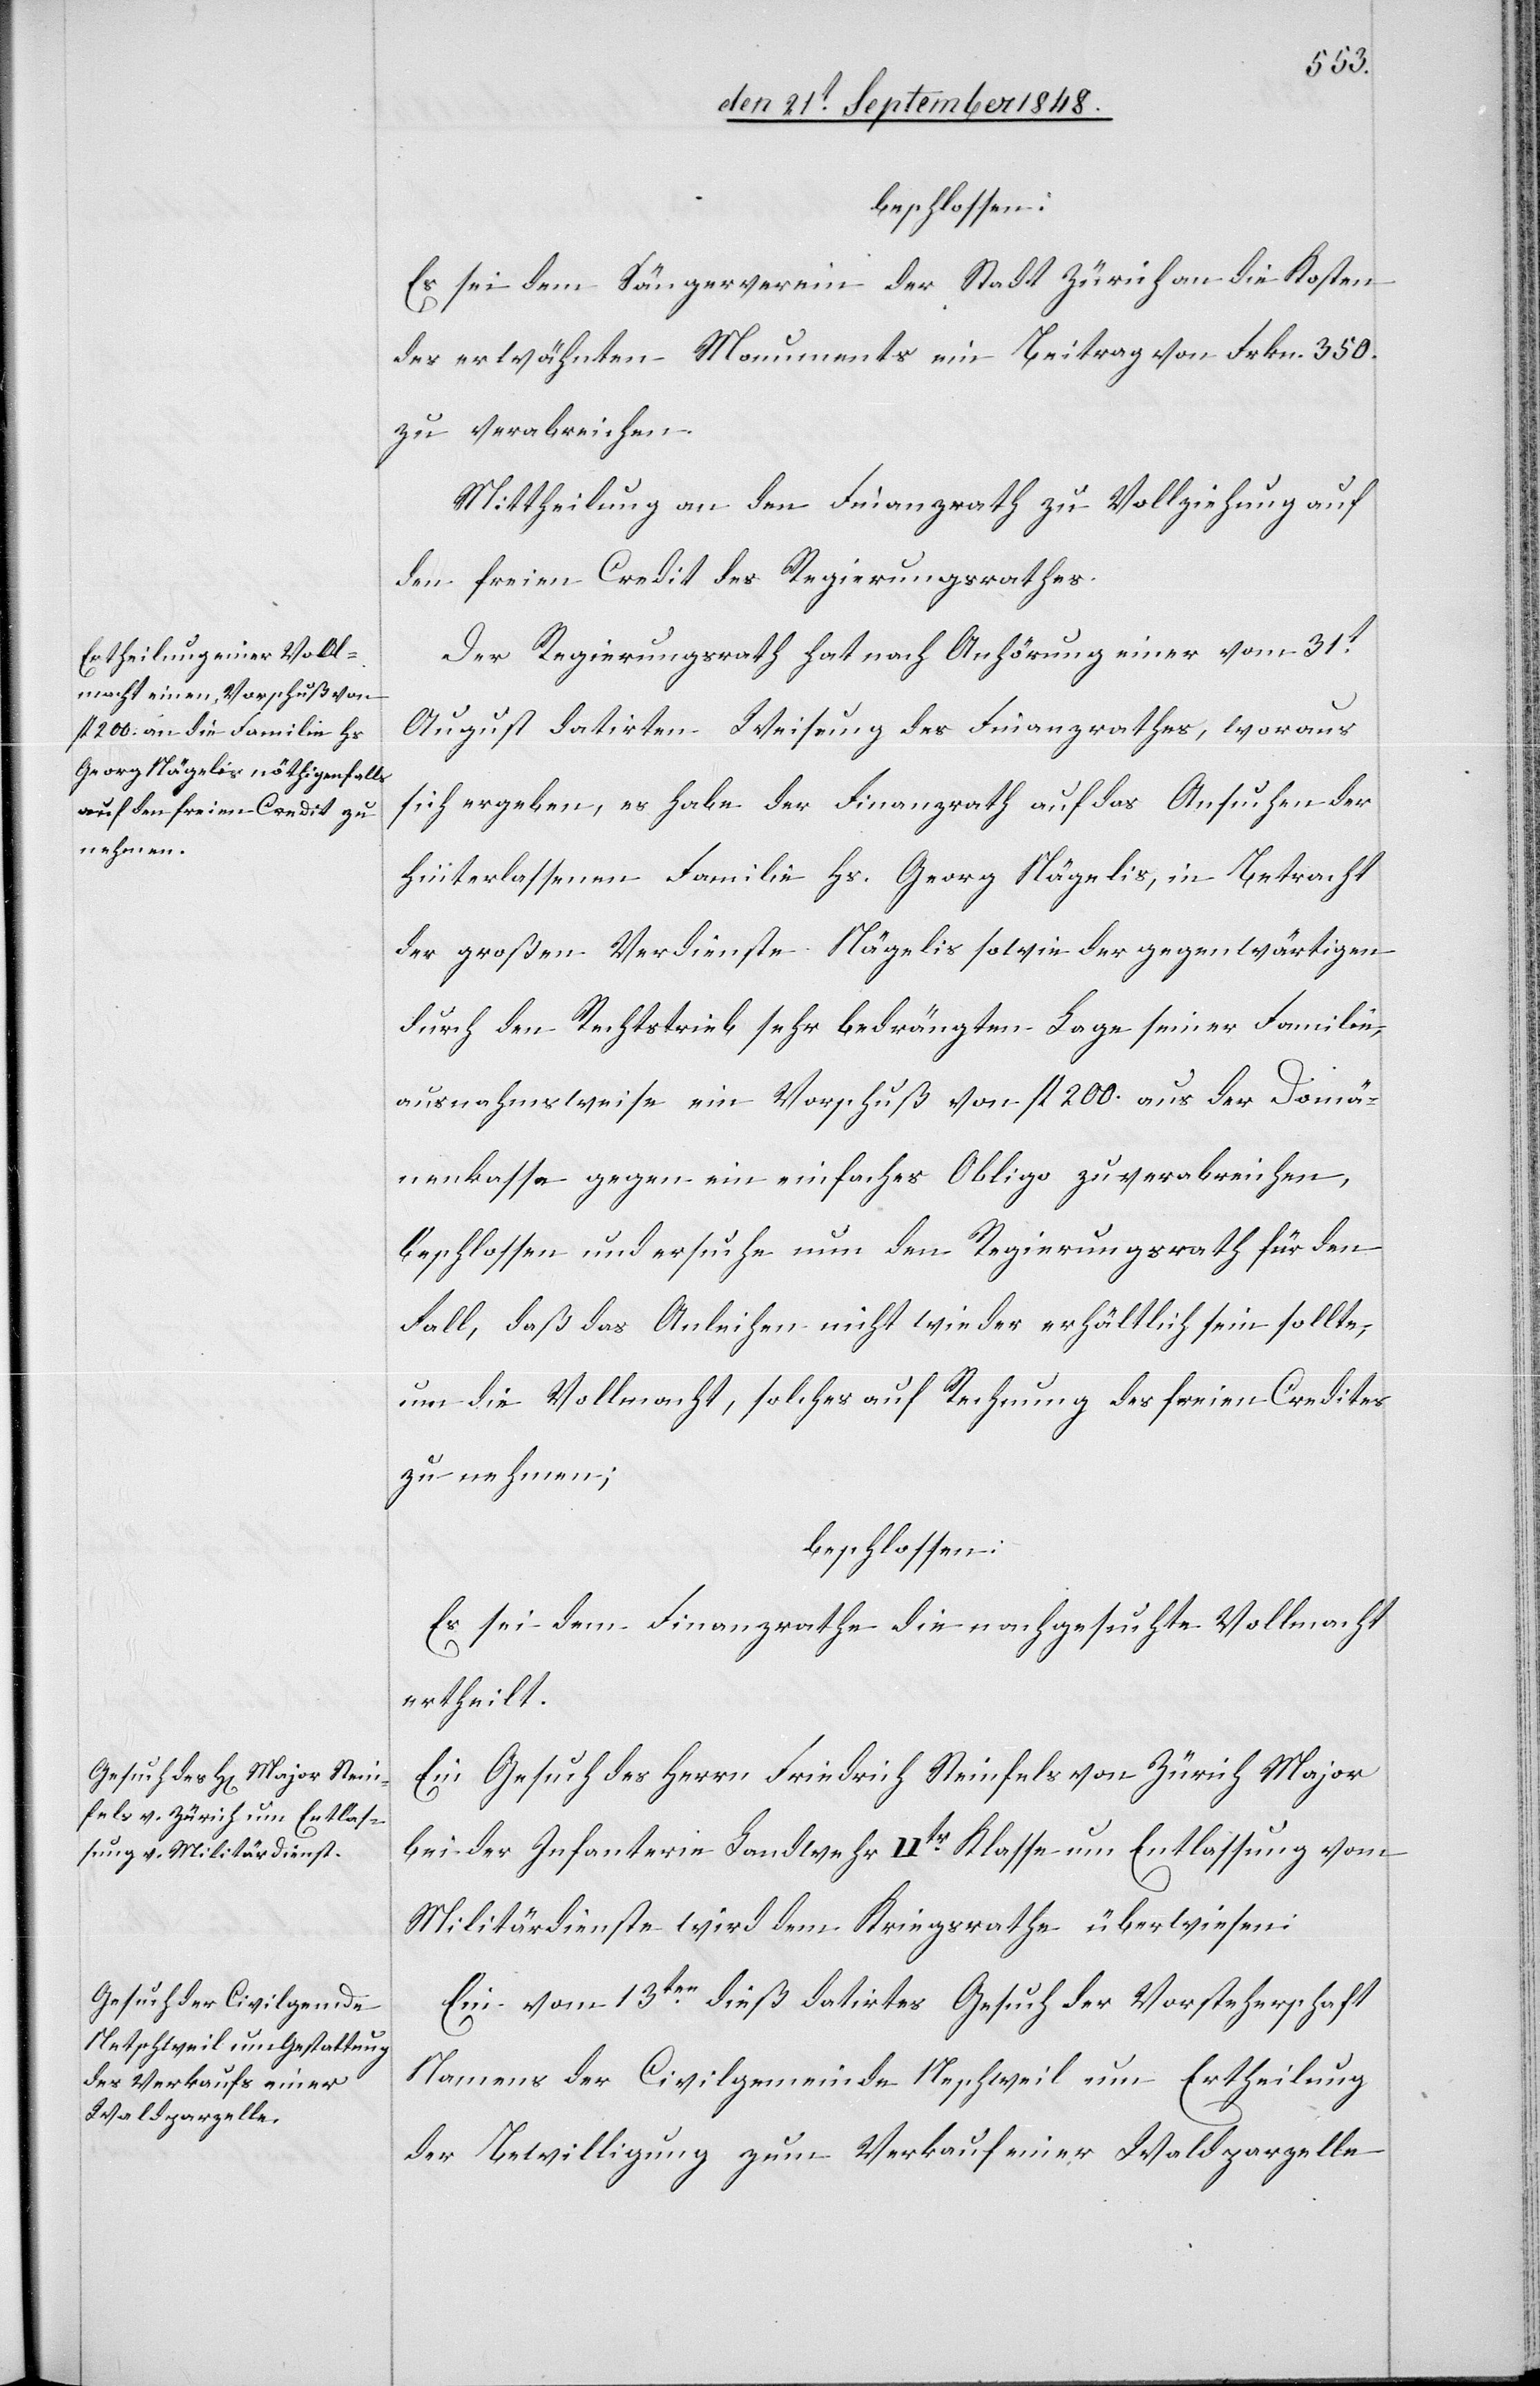
beschlossen:
Es sei dem Sängerverein der Stadt Zürich an die Kosten
des erwähnten Monuments ein Beitrag von Frkn. 350.
zu verabreichen.
Mittheilung an den Finanzrath zu Vollziehung auf
den freien Credit des Regierungsrathes.
Der Regierungsrath hat nach Anhörung einer vom 31t
August datirten Weisung des Finanzrathes, woraus
sich ergeben, es habe der Finanzrath auf das Ansuchen der
hinterlassenen Familie Hs. Georg Nägelis, in Betracht
der großen Verdienste Nägelis sowie der gegenwärtigen
durch den Rechtstrieb sehr bedrängten Lage seiner Familie,
ausnahmsweise ein Vorschuß von fl. 200. aus der Domä¬
nenkassa gegen ein einfaches Obligo zu verabreichen,
beschlossen und ersuche nun den Regierungsrath für den
Fall, daß das Anleihen nicht wieder erhältlich sein sollte,
um die Vollmacht, solches auf Rechnung des freien Credites
zu nehmen;
beschlossen:
Es sei dem Finanzrathe die nachgesuchte Vollmacht
ertheilt.
Ein Gesuch des Herrn Friedrich Steinfels von Zürich Major
bei der Infanterie Landwehr IIter Klasse um Entlassung vom
Militärdienste wird dem Kriegsrathe überwiesen.
Ein vom 13ten dieß datirtes Gesuch der Vorsteherschaft
Namens der Civilgemeinde Neschweil [sic!] um Ertheilung
der Bewilligung zum Verkauf einer Waldparzelle